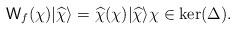
LaTeX: \begin{align*}\mathsf W_f(\chi) | \widehat \chi \rangle = \widehat \chi (\chi) | \widehat \chi \rangle \chi \in \mathrm{ker}(\Delta).\end{align*}